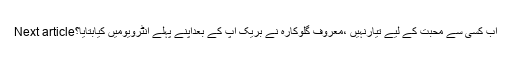
Next articleاب کسی سے محبت کے لیے تیارنہیں ،معروف گلوکارہ نے بریک اپ کے بعداپنے پہلے انٹرویومیں کیابتایا؟